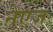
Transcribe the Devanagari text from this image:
नेएज